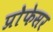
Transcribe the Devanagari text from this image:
प्रोेफेसर